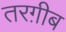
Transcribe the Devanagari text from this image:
तरग़ीब